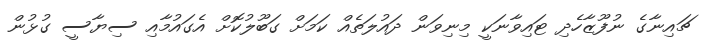
ޗައިނާގެ ނުފޫޒާހެދި ޓައިވާނަކީ މިނިވަން ދައުލަތެއް ކަމަށް ގަބޫލުކޮށް އެގައުމާއި ސިޔާސީ ގުޅުން